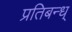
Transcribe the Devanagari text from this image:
प्रतिबन्ध्